On kala azar, malaria and malarial cachexia - Number 19
Disease focus: Malaria
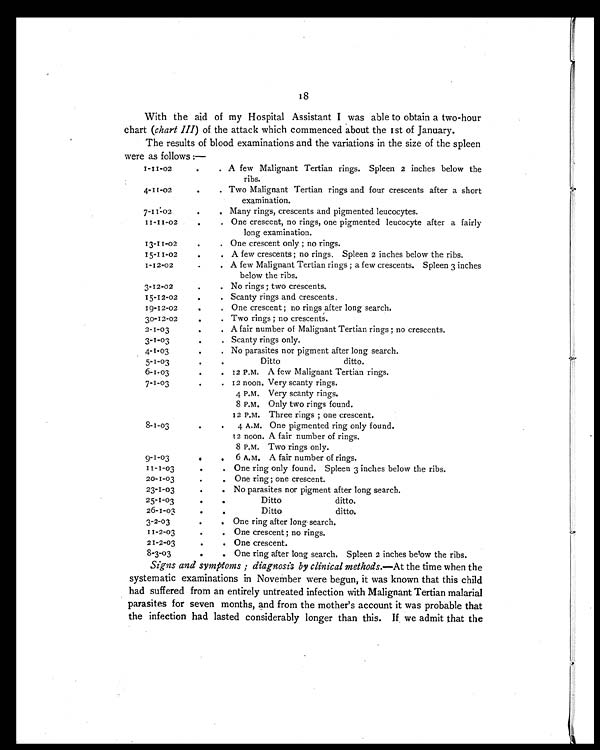
With the aid of my Hospital Assistant I was able to obtain a two-hour
chart (chart III) of the attack which commenced about the 1st of January.
The results of blood examinations and the variations in the size of the spleen
were as follows :—
1-11-02
.
. A few Malignant Tertian rings. Spleen 2 inches below the
ribs.
4-11-02
.
. Two Malignant Tertian rings and four crescents after a short
examination.
7-11-02
.
. Many rings, crescents and pigmented leucocytes.
11-11-02
.
. One crescent, no rings, one pigmented leucocyte after a fairly
13-11-02
.
. One crescent only ; no rings.
15-11-02
.
.
A few crescents ; no rings. Spleen 2 inches below the ribs.
1-12-02
.
. A few Malignant Tertian rings ; a few crescents. Spleen 3 inches
below the ribs.
3-12-02
.
. No rings ; two crescents.
15-12-02
.
. Scanty rings and crescents.
19-12-02
.
. One crescent ; no rings after long search.
30-12-02
.
. Two rings ; no crescents.
2-1-03
.
. A fair number of Malignant Tertian rings ; no crescents.
3-1-03
.
. Scanty rings only.
4-1-03
.
. No parasites nor pigment after long search.
5-1-03
.
Ditto
ditto.
6-1-03
. 12 P.M. A few Malignant Tertian rings.
7-1-03
.
. 12 noon. Very scanty rings.
4 P.M. Very scanty rings.
8 P.M. Only two rings found.
12 P.M. Three rings ; one crescent.
8-1-03
. .
4 A.M. One pigmented ring only found.
12 noon. A fair number of rings.
8 P.M. Two rings only.
9-1-03
.
. 6 A.M. A fair number of rings.
11-1-03
.
. One ring only found. Spleen 3 inches below the ribs.
20-1-03
.
. One ring ; one crescent.
23-1-03
. No parasites nor pigment after long search.
25-1-03
.
.
Ditto
ditto.
26-1-03
.
.
Ditto
ditto.
3-2-03
.
. One ring after long search.
11-2-03
.
. One crescent ; no rings.
21-2-03
.
. One crescent.
8 - 3 - 0 3
.
. One ring after long search. Spleen 2 inches below the ribs.
Signs and symptoms ; diagnosis by clinical methods. —At the time when the
systematic examinations in November were begun, it was known that this child
had suffered from an entirely untreated infection with Malignant Tertian malarial
parasites for seven months, and from the mother's account it was probable that
the infection had lasted considerably longer than this. if we admit that the